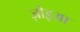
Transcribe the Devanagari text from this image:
ज़ोइआ